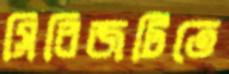
সিরিজটিতে